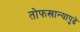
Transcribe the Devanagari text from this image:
तोफखान्यापुढे